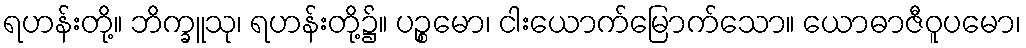
ရဟန်းတို့။ ဘိက္ခူသု၊ ရဟန်းတို့၌။ ပဉ္စမော၊ ငါးယောက်မြောက်သော။ ယောဓာဇီဝူပမော၊